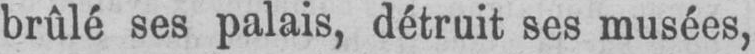
brûlé ses palais, détruit ses musées,